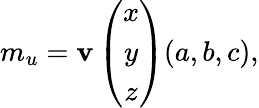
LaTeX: m_{u}=\mathbf{v}\left(\begin{array}{c}{{x}}\\ {{y}}\\ {{z}}\end{array}\right)(a,b,c),